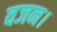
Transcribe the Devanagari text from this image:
वजन।